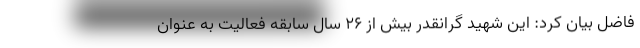
فاضل بیان کرد: این شهید گرانقدر بیش از ۲۶ سال سابقه فعالیت به عنوان